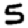
Digit: 5